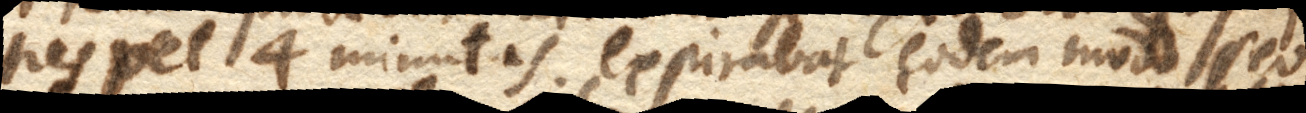
tres vel 4 minutas, expirabat eodem modo sed